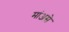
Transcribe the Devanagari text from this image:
मांअसे